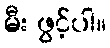
မီး ဖွင့်ပါ။